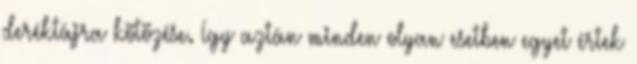
deréktájra kötözése. Így aztán minden olyan esetben egyet értek